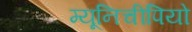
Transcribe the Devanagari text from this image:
म्यूनिचीपियो